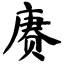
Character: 赓